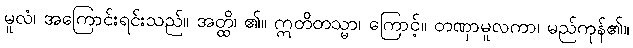
မူလံ၊ အကြောင်းရင်းသည်။ အတ္ထိ၊ ၏။ ဣတိတသ္မာ၊ ကြောင့်။ တဏှာမူလကာ၊ မည်ကုန်၏။